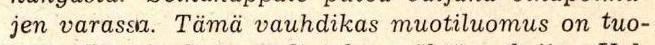
 jen varassa. Tämä vauhdikas muotiluomus on tuo-